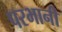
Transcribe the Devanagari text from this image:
परभानी